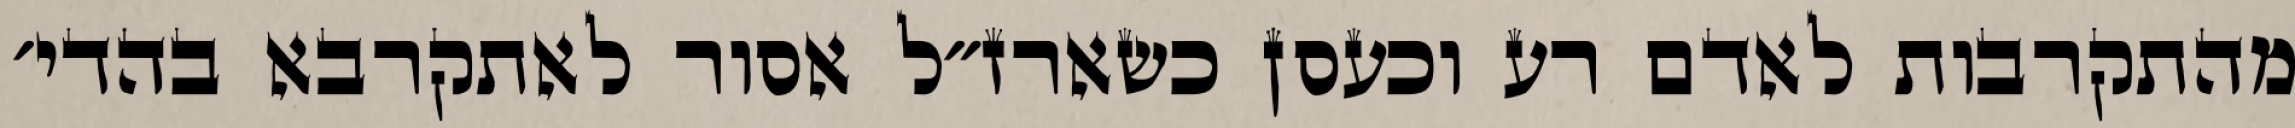
מהתקרבות לאדם רע וכעסן כשארז״ל אסור לאתקרבא בהדי׳